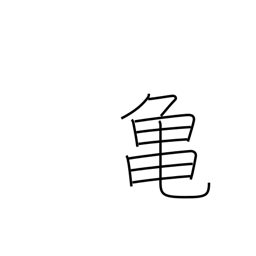
Meaning: tortoise